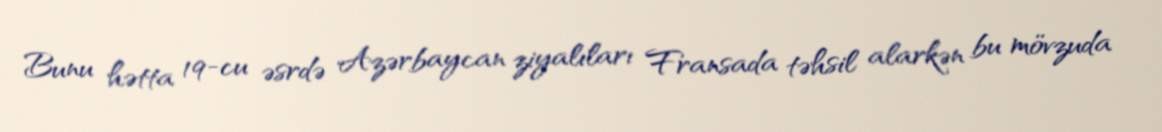
Bunu hətta 19-cu əsrdə Azərbaycan ziyalıları Fransada təhsil alarkən bu mövzuda